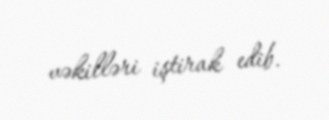
vəkilləri iştirak edib.